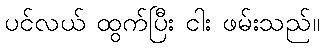
ပင်လယ် ထွက်ပြီး ငါး ဖမ်းသည်။